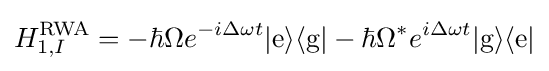
H_{1,I}^{\text{RWA}}=-\hbar \Omega e^{-i\Delta \omega t}|{\text{e}}\rangle \langle {\text{g}}|-\hbar \Omega ^{*}e^{i\Delta \omega t}|{\text{g}}\rangle \langle {\text{e}}|